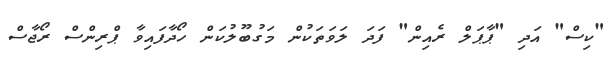
"ކިސް" އަދި "ޕާޕަލް ރެއިން" ފަދަ ލަވަތަކުން މަގުބޫލުކަން ހޯދާފައިވާ ޕްރިންސް ރޯޖާސް